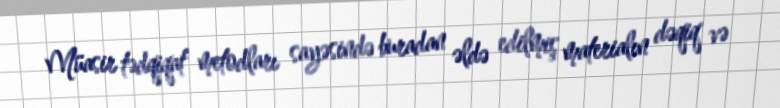
Müasir tədqiqat metodları sayəsində buradan əldə edilmiş materialın dəqiq və